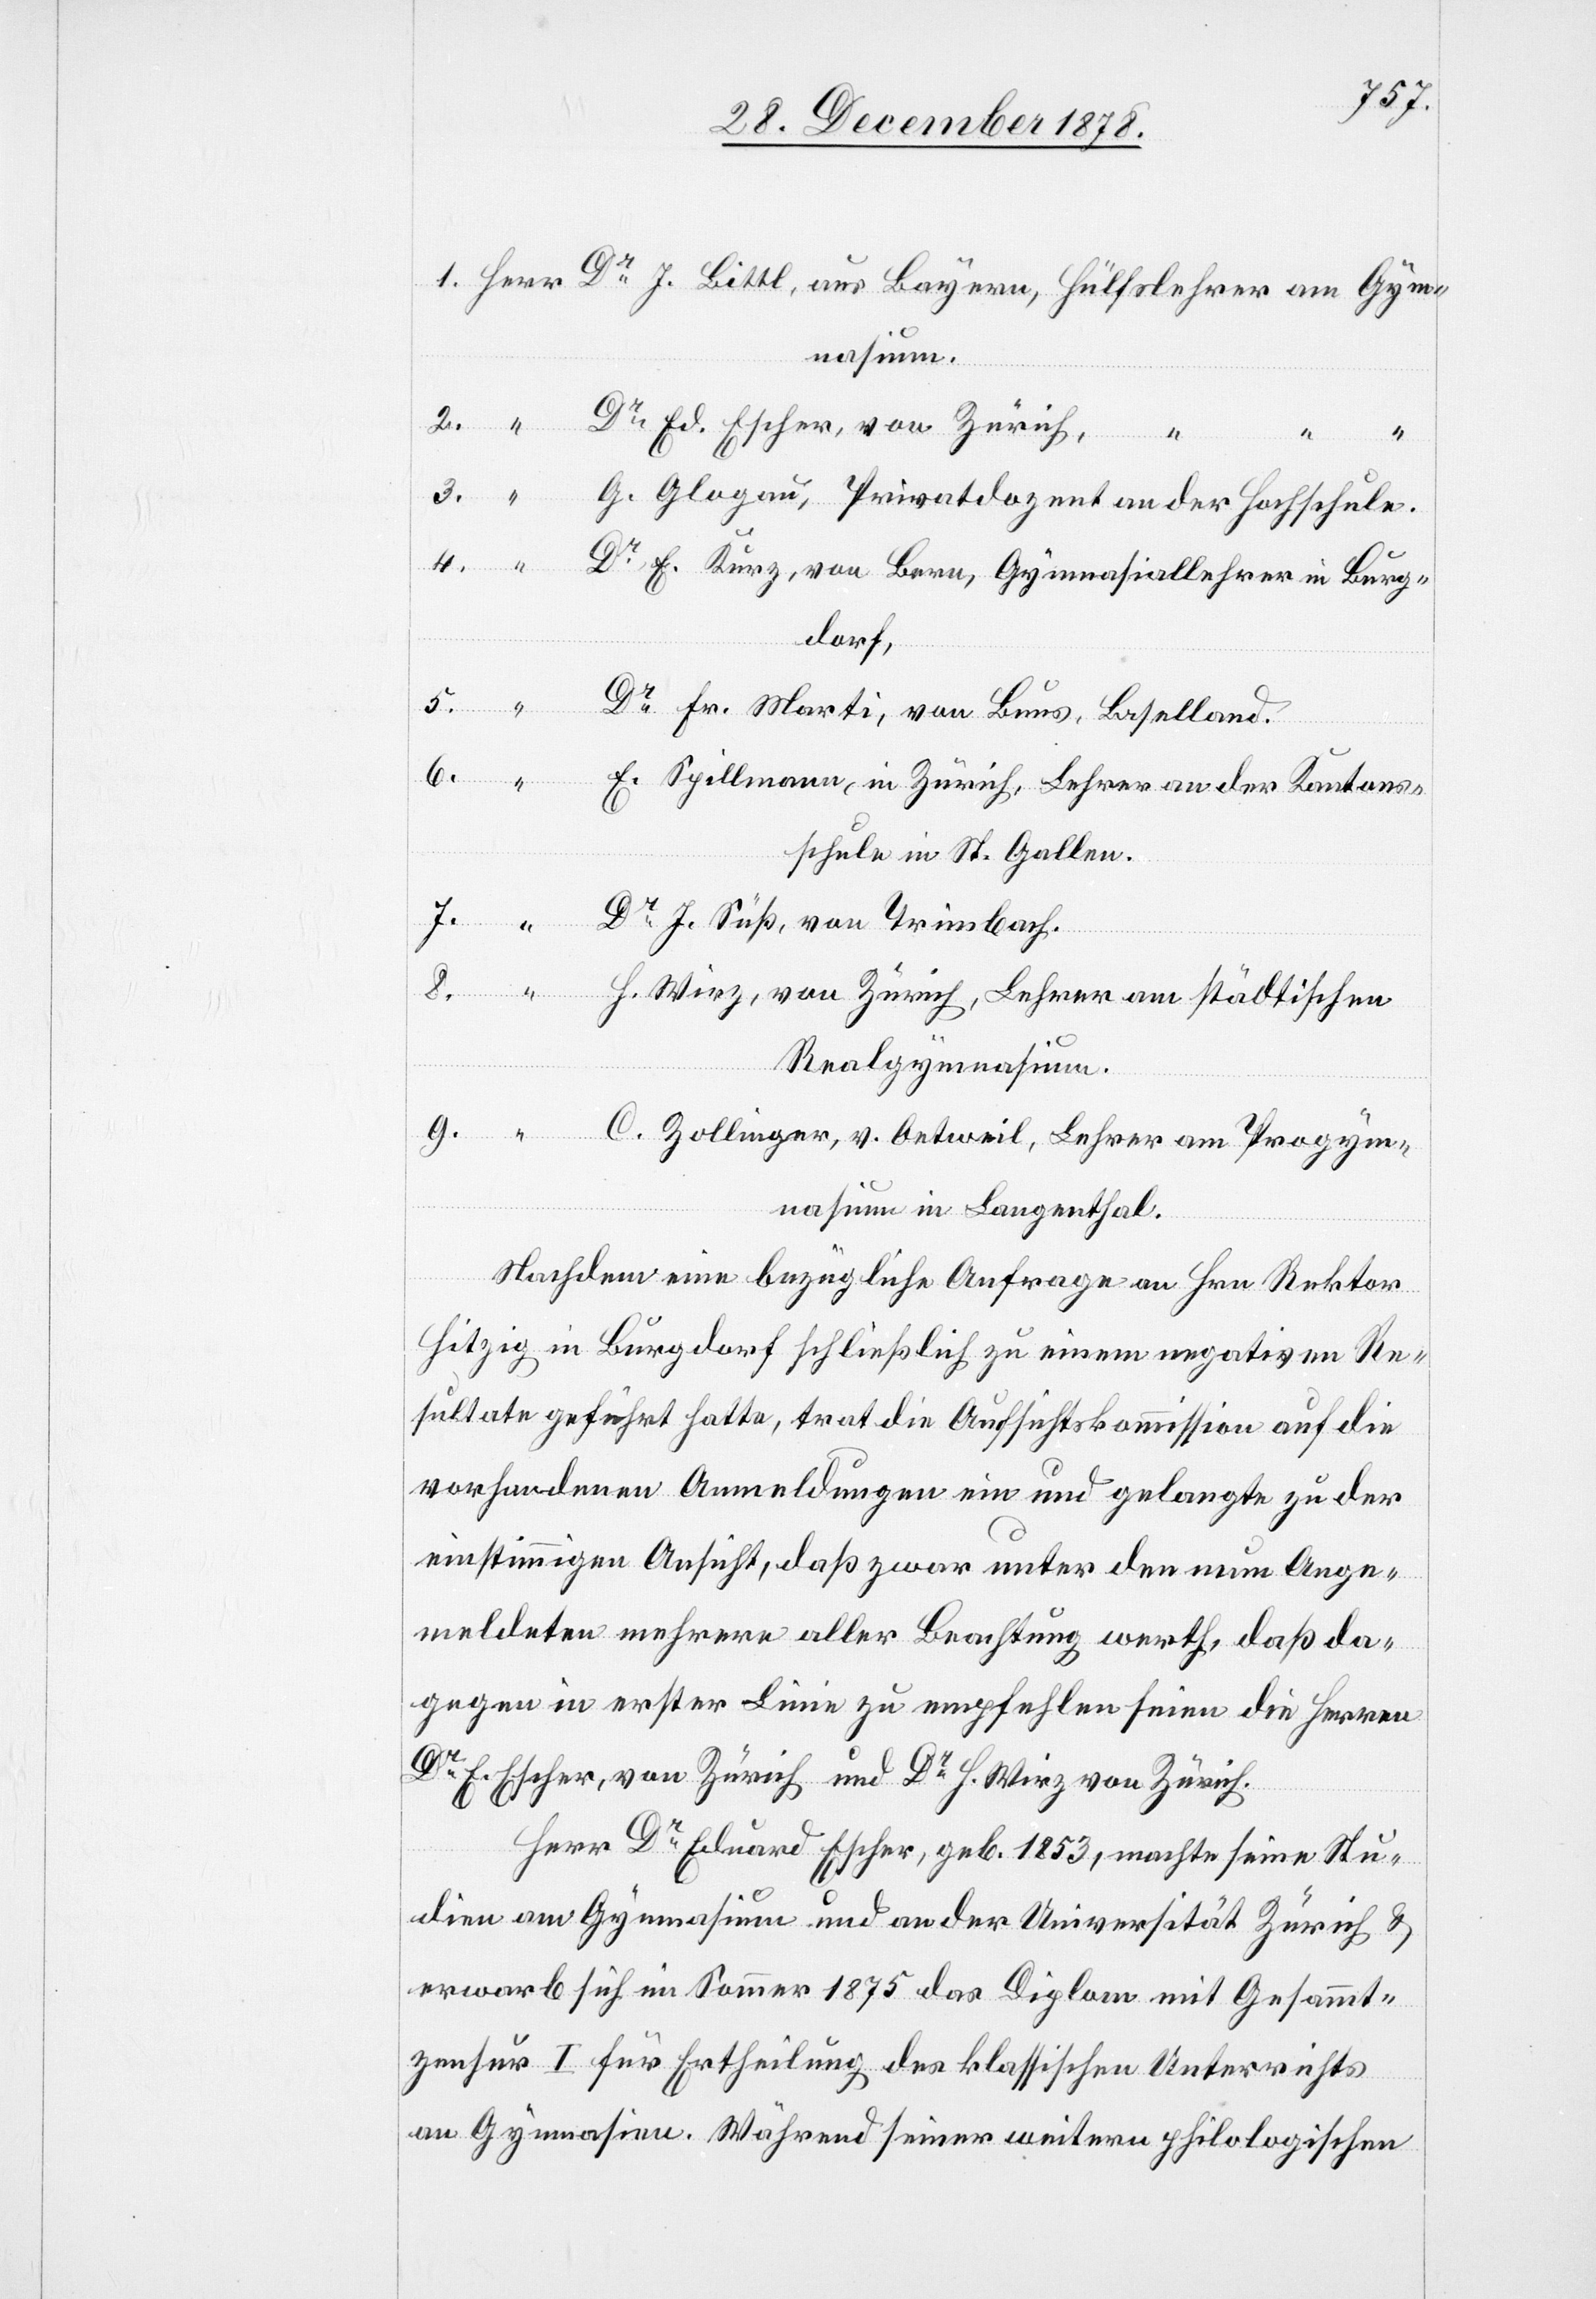
1. Herr Dr J. Bittl, aus Bayern, Hülfslehrer am Gym¬
nasium.
2. “ Dr Ed. Escher, von Zürich,
“ “ “
3. “
G. Glogau, Privatdozent an der Hochschule.
4. “ Dr E. Kunz, von Bern, Gymnasiallehrer in Burg¬
dorf.
5. “ Dr Fr. Marti, von Buns, Baselland.
6. “ E. Spillmann, in Zürich, Lehrer an der Kantons¬
schule in St. Gallen.
7. “ Dr J. Süß, von Trimbach.
8. “ H. Wirz, von Zürich, Lehrer am städtischen
Realgymnasium.
9. “ C. Zollinger, v. Oetweil, Lehrer am Progym¬
nasium in Langenthal.
Nachdem eine bezügliche Anfrage an Hrn. Rekor
Hitzig in Burgdorf schließlich zu einem negativen Re¬
sultate geführt hatte, trat die Aufsichtskommission auf die
vorhandenen Anmeldungen ein und gelangte zu der
einstimmigen Ansicht, daß zwar unter den neuen Ange¬
meldeten mehrere aller Beachtung werth, daß da¬
gegen in erster Linie zu empfehlen seien die Herren
Dr E. Escher, von Zürich und Dr H. Wirz von Zürich.
Herr Dr Eduard Escher, geb. 1853, machte seine Stu¬
dien am Gymnasium und an der Universität Zürich &
erwarb sich im Sommer 1875 das Diplom mit Gesammt¬
zensur I für Ertheilung des klassischen Unterrichts
an Gymnasien. Während seinem weitern philologischen